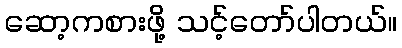
ဆော့ကစားဖို့ သင့်တော်ပါတယ်။